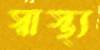
স্বাস্থ্য